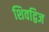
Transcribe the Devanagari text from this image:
शिवद्विज